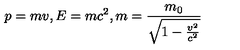
p = m v , E = m c ^ { 2 } , m = \frac { m _ { 0 } } { \sqrt { 1 - \frac { v ^ { 2 } } { c ^ { 2 } } } }